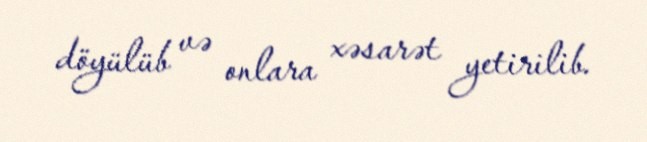
döyülüb və onlara xəsarət yetirilib.